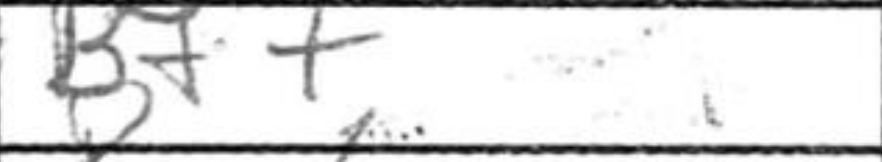
Transcription: Bf+